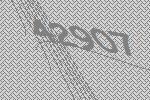
42907